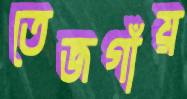
তেজগাঁয়